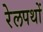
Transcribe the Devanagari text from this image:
रेलपथों